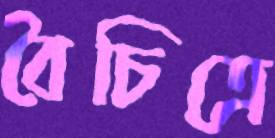
বৈচিত্রে